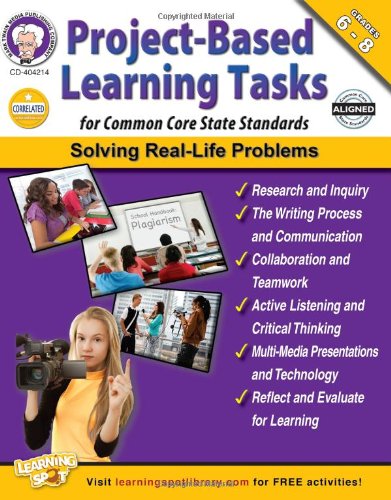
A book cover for Project-Based Learning Tasks for Common Core State Standards , Grades 6 - 8; Schyrlet Cameron; Reference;